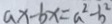
a x - b x = a ^ { 2 } - b ^ { 2 }